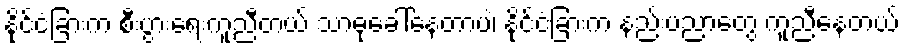
နိုင်ငံခြားက စီးပွားရေးကူညီတယ် သာဓုခေါ်နေတာပဲ၊ နိုင်ငံခြားက နည်းပညာတွေ ကူညီနေတယ်